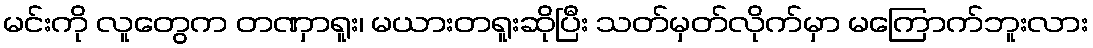
မင်းကို လူတွေက တဏှာရူး၊ မယားတရူးဆိုပြီး သတ်မှတ်လိုက်မှာ မကြောက်ဘူးလား